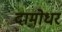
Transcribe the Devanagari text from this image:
दामोधर